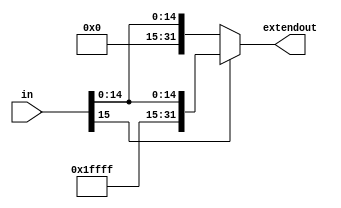
module signextend(extendout, in);

input [15:0] in;
output [31:0] extendout;
reg [31:0] extendout;

always @(in)
if (in[15] == 1)
	extendout = {16'hffff,in};
else
	extendout = {16'h0000,in};
	

endmodule